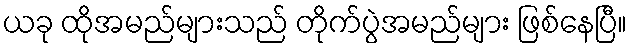
ယခု ထိုအမည်များသည် တိုက်ပွဲအမည်များ ဖြစ်နေပြီ။